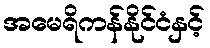
အမေရိကန်နိုင်ငံနှင့်